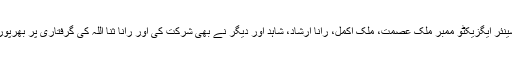
تقریب میں سینئر ایگزیکٹو ممبر ملک عصمت، ملک اکمل، رانا ارشاد، شاہد اور دیگر نے بھی شرکت کی اور رانا ثنا اللہ کی گرفتاری پر بھرپور مزمت کی۔